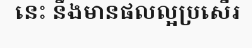
នេះ នឹងមានផលល្អប្រសើរ